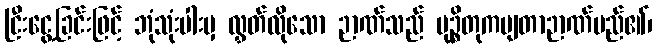
ငြီးငွေ့ခြင်းဖြင့် ဘုံသုံးပါးမှ လွှတ်လိုသော ဉာဏ်သည် မုဉ္စိတုကမျတာဉာဏ်မည်၏၊